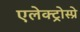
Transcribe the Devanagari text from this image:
एलेक्ट्रोस्प्रे